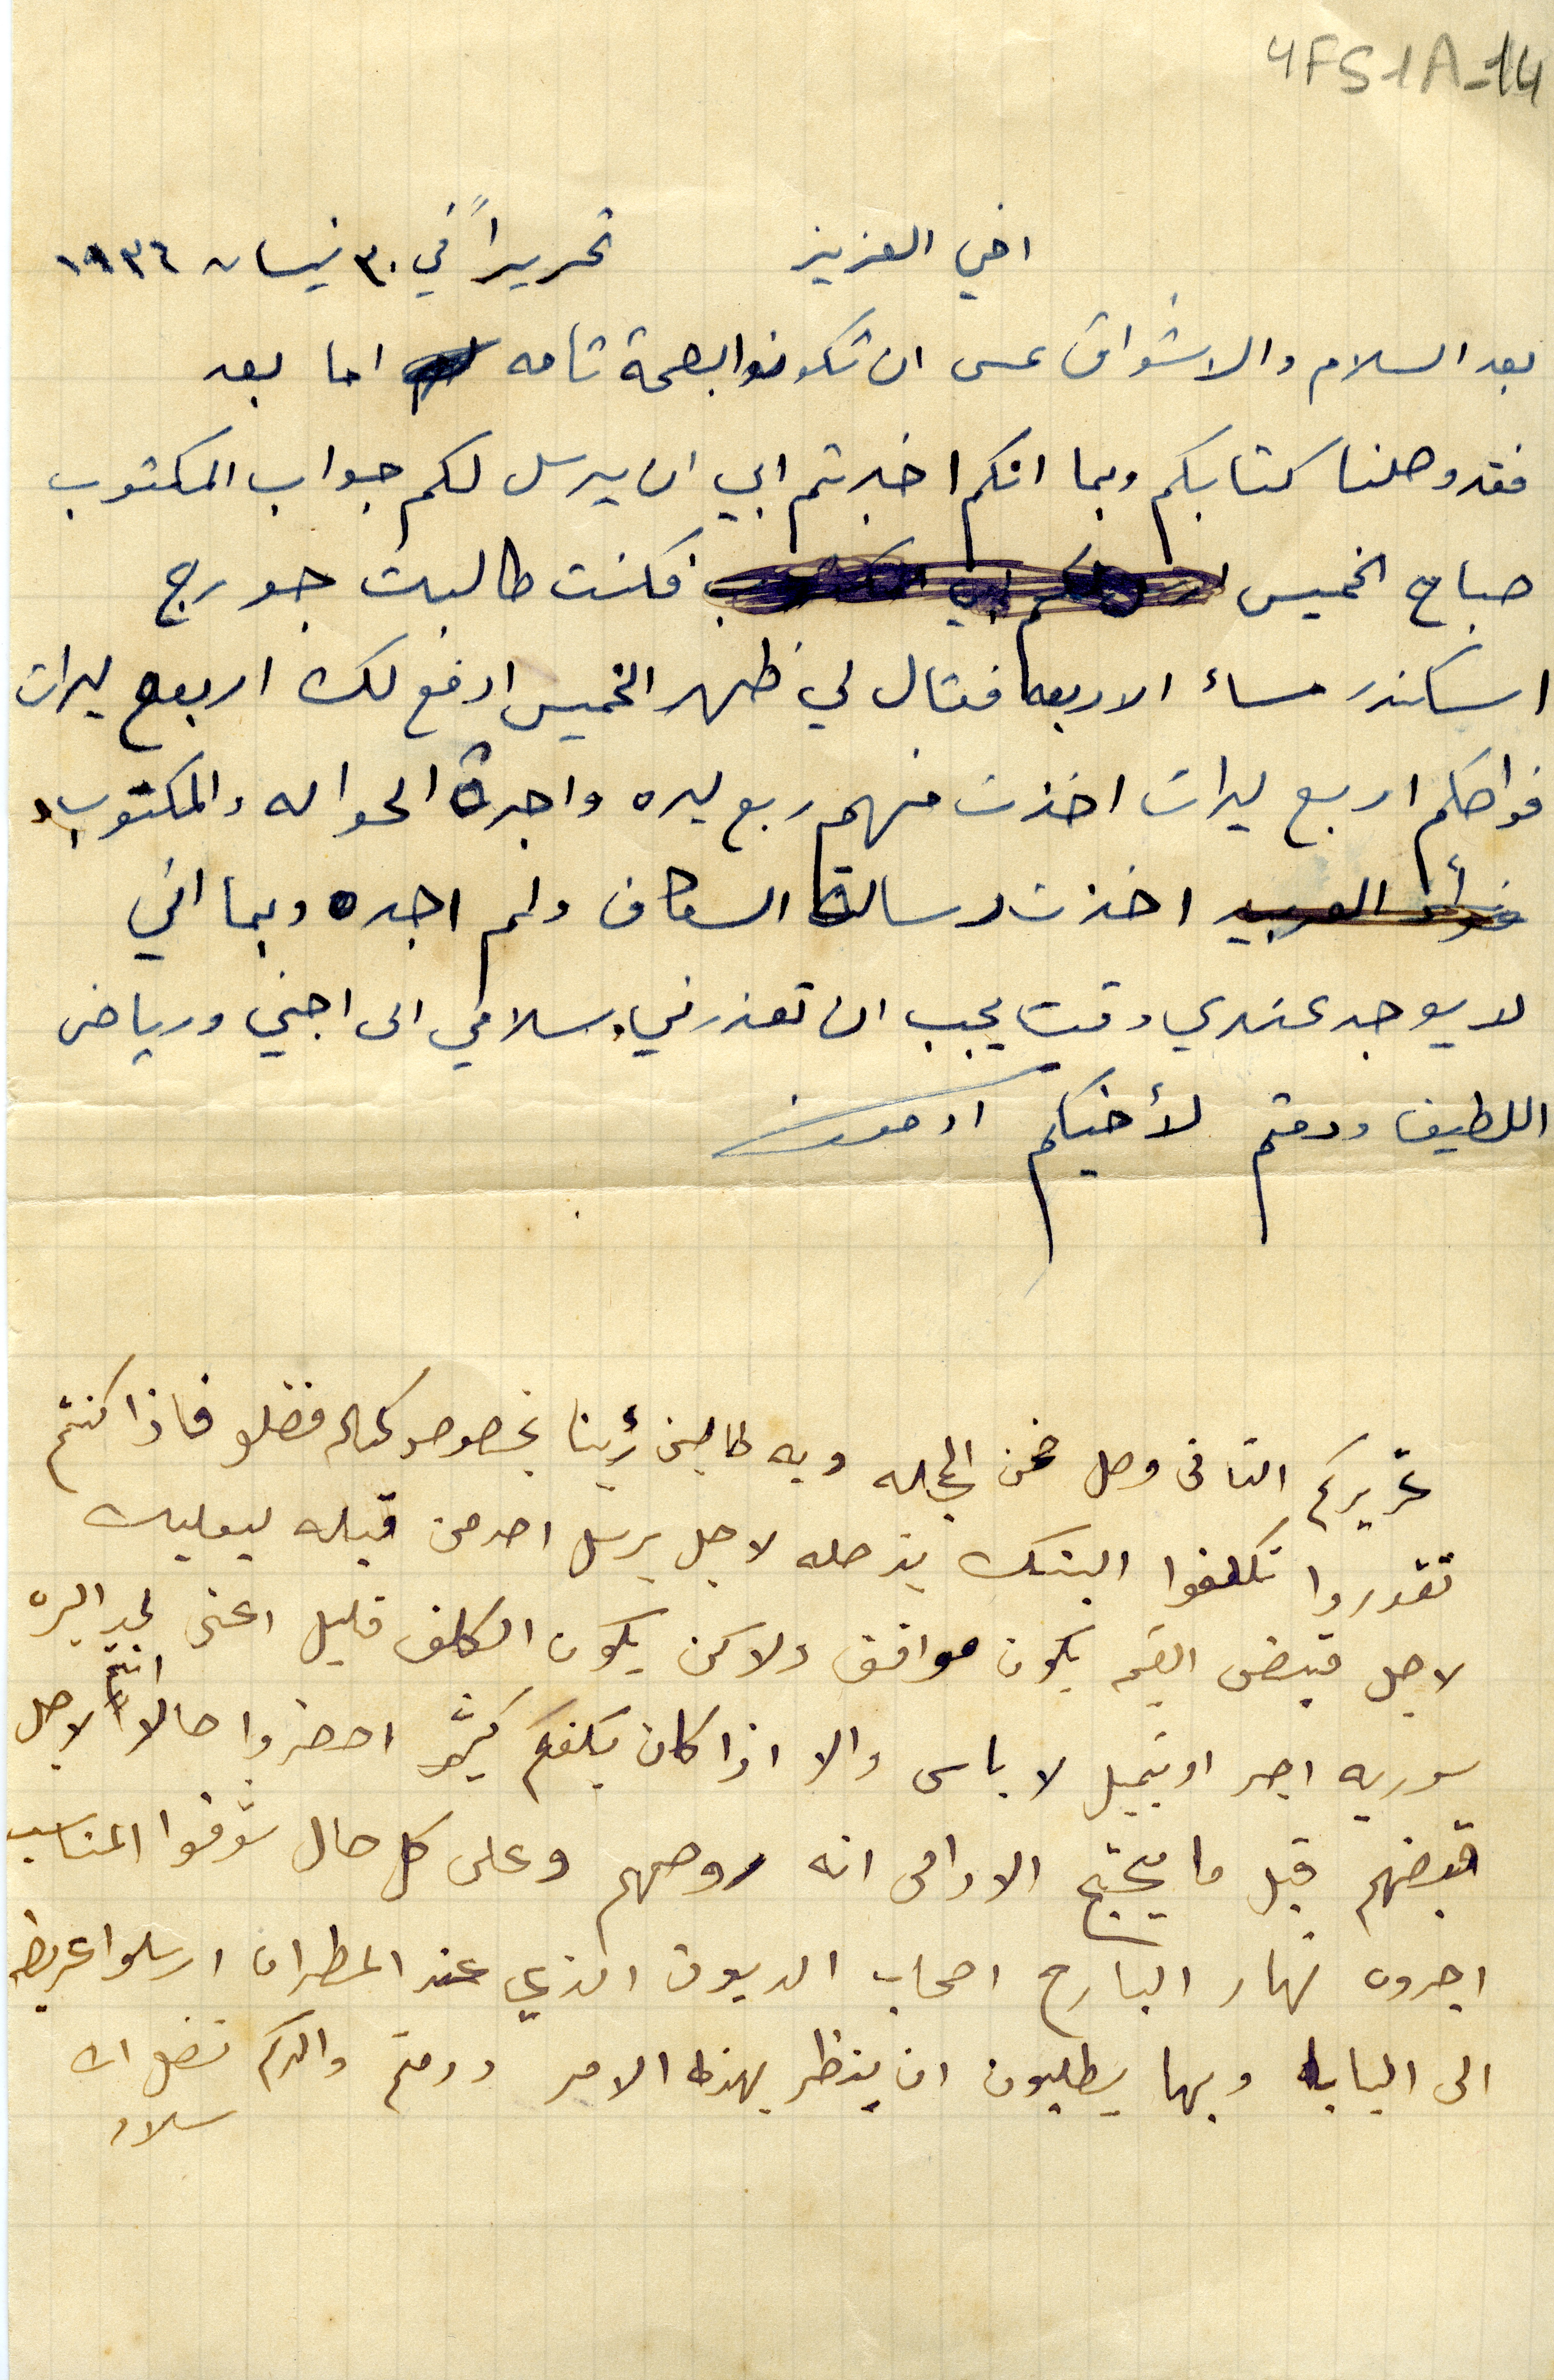
YFS1A-14
اخي العزيز  تحريراً في ٣٠ نيسان ١٩٣٦
بعد السلام والاشواق عسى ان تكونوا بصحة تامه اما بعد
فقد وصلنا كتابكم وبما انكم اخبرتم ابي ان يرسل لكم جواب المكتوب
صباح الخميس فكنت طالبت جورج
اسكندر مساء الاربعه فقال لي ظهر الخميس ادفع لك اربعع ليرات
فواصكم اربع ليرات اخذت منهم ربع ليره واجرة الحواله والمكتوب.
اخذت رسالة السكاف ولم اجده وبما اني
لا يوجد عندي وقت يجب ان تعذرني. سلامي الى اجني ورياض
اللطيف ودمتم لأخيكم ادمون
تحريركم التانى وصل ضمن المجله وبه طالبن رءينا بخصوص كمباله فضلوا فاذا كنتم
تقدروا تكلفوا البنك بزحله لاجل يرسل احد من قبله لبعلبك
لاجل قبض القيمه يكون موافق ولاكن يكون الكلف قليل اعنى لحد اليره
سوريه اجر اوتمبيل لا باس والا اذا كان يكفكم كثير احضروا حالاً انتم لاجل
قبضهم قبل ما يحتج الادامى انه روحهم وعلى كل حال شوفوا المناسب
اجروه نهار البارح اصحاب الديون الذي عند المطران ارسلوا عريضه
الى البابا وبها يطلبون ان ينظر بهذا الامر ودمتم والدكم فضل الله
سلام